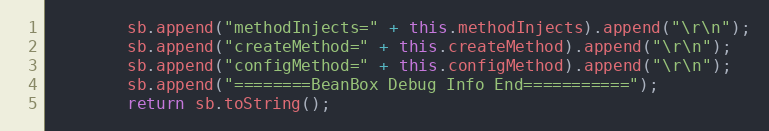
Language: Java
		sb.append("methodInjects=" + this.methodInjects).append("\r\n");
		sb.append("createMethod=" + this.createMethod).append("\r\n");
		sb.append("configMethod=" + this.configMethod).append("\r\n");
		sb.append("========BeanBox Debug Info End===========");
		return sb.toString();